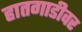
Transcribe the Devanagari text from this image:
हातगाडीवर